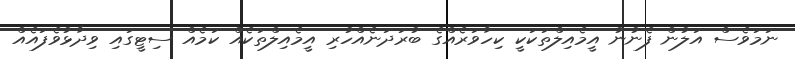
ނަމަވެސް އަލުން ފެނުނު އީމެއިލްތަކަކީ ކިހާވަރެއްގެ ބުރަދަނެއްހުރި އީމެއިލްތަކެއް ކަމެއް ސިޓީގައި ވިދާޅުވެފައެއް